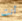
أنت